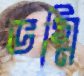
ভগ্নি